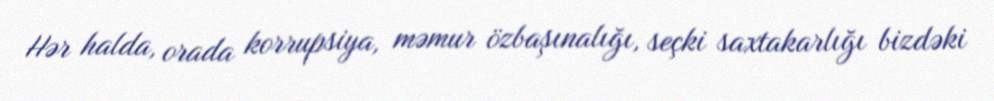
Hər halda, orada korrupsiya, məmur özbaşınalığı, seçki saxtakarlığı bizdəki